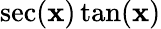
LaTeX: \sec(\mathbf{x})\tan(\mathbf{x})